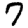
Digit: 7